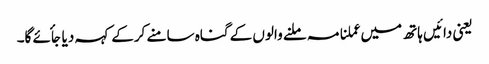
یعنی دائیں ہاتھ میں عملنامہ ملنے والوں کے گناہ سامنے کرکے کہہ دیا جأئے گا۔